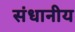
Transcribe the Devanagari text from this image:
संधानीय